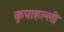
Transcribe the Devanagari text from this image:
कृपाहल्ली